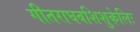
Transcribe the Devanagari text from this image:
गीतराघवशिशुकेलिः